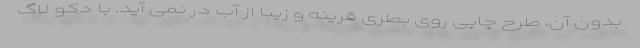
بدون آن، طرح چاپی روی بطری قرینه و زیبا از آب در نمی آید. با دکو لاگ